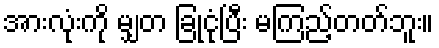
အားလုံးကို မျှတ ခြုံငုံပြီး မကြည့်တတ်ဘူး။